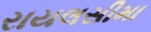
રાયલસીમા